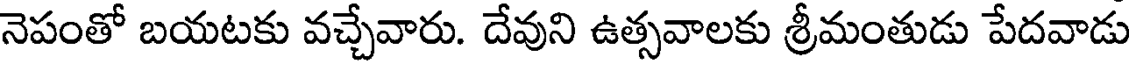
నెపంతో బయటకు వచ్చేవారు. దేవుని ఉత్సవాలకు శ్రీమంతుడు పేదవాడు